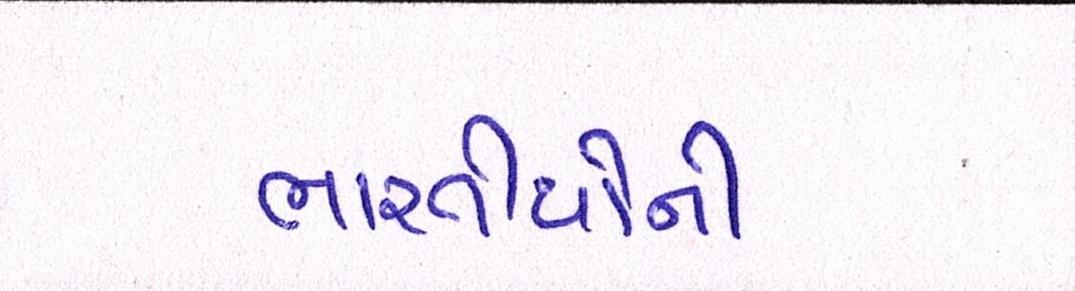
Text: ભારતીયોની